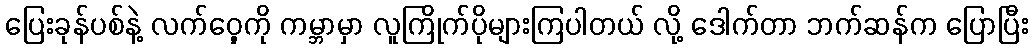
ပြေးခုန်ပစ်နဲ့ လက်ဝှေ့ကို ကမ္ဘာမှာ လူကြိုက်ပိုများကြပါတယ် လို့ ဒေါက်တာ ဘက်ဆန်က ပြောပြီး